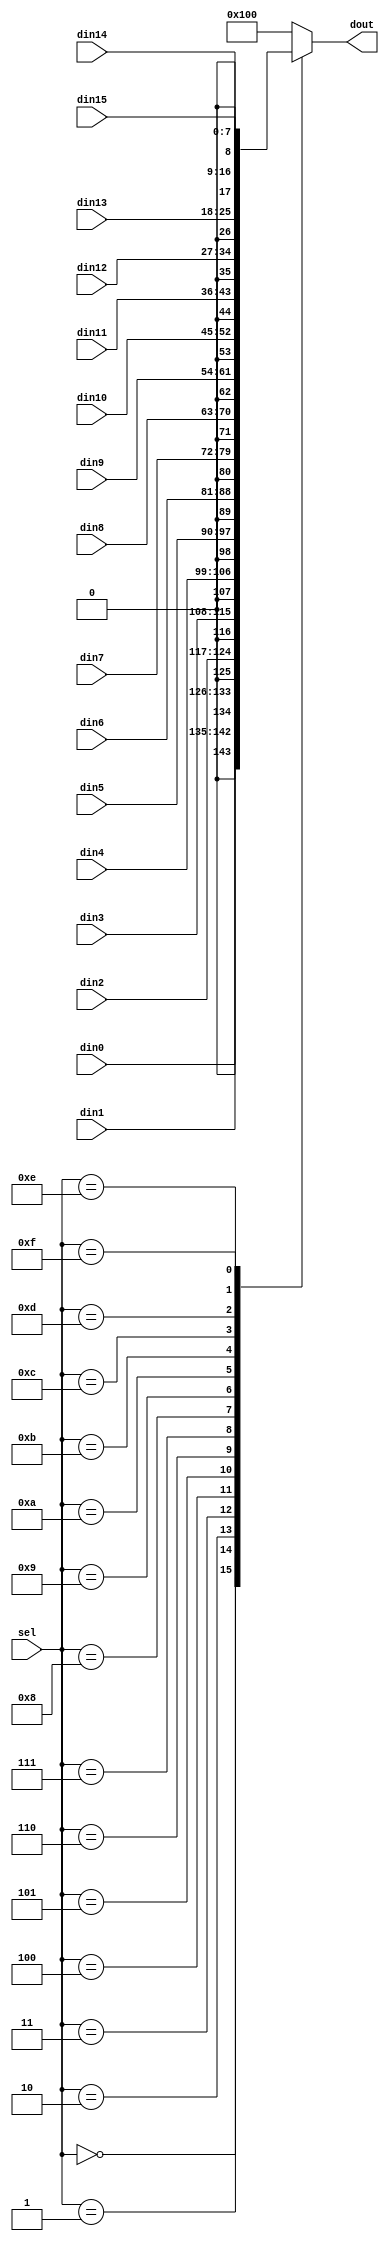
module mux_16to1_bank_offset(
	din0,
	din1,
	din2,
	din3,
	din4,
	din5,
	din6,
	din7,
	din8,
	din9,
	din10,
	din11,
	din12,
	din13,
	din14,
	din15,
	sel,
	dout
);


input 	[7:0]		din0;
input 	[7:0]		din1;
input 	[7:0]		din2;
input 	[7:0]		din3;
input 	[7:0]		din4;
input 	[7:0]		din5;
input 	[7:0]		din6;
input 	[7:0]		din7;
input 	[7:0]		din8;
input 	[7:0]		din9;
input 	[7:0]		din10;
input 	[7:0]		din11;
input 	[7:0]		din12;
input 	[7:0]		din13;
input 	[7:0]		din14;
input 	[7:0]		din15;
input	[4:0]		sel;
output	[8:0]		dout;

reg		[8:0]		reg_dout;

always @(*)
	begin
		case(sel)
			5'd0:	reg_dout = {1'b0, din0};
			5'd1:	reg_dout = {1'b0, din1};
			5'd2: 	reg_dout = {1'b0, din2};
			5'd3: 	reg_dout = {1'b0, din3};
			5'd4: 	reg_dout = {1'b0, din4};
			5'd5: 	reg_dout = {1'b0, din5};
			5'd6: 	reg_dout = {1'b0, din6};
			5'd7: 	reg_dout = {1'b0, din7};
			5'd8:	reg_dout = {1'b0, din8};
			5'd9:	reg_dout = {1'b0, din9};
			5'd10: 	reg_dout = {1'b0, din10};
			5'd11: 	reg_dout = {1'b0, din11};
			5'd12: 	reg_dout = {1'b0, din12};
			5'd13: 	reg_dout = {1'b0, din13};
			5'd14: 	reg_dout = {1'b0, din14};
			5'd15: 	reg_dout = {1'b0, din15};
			default: 	reg_dout = 9'b100000000;
		endcase
	end

assign dout = reg_dout;

endmodule